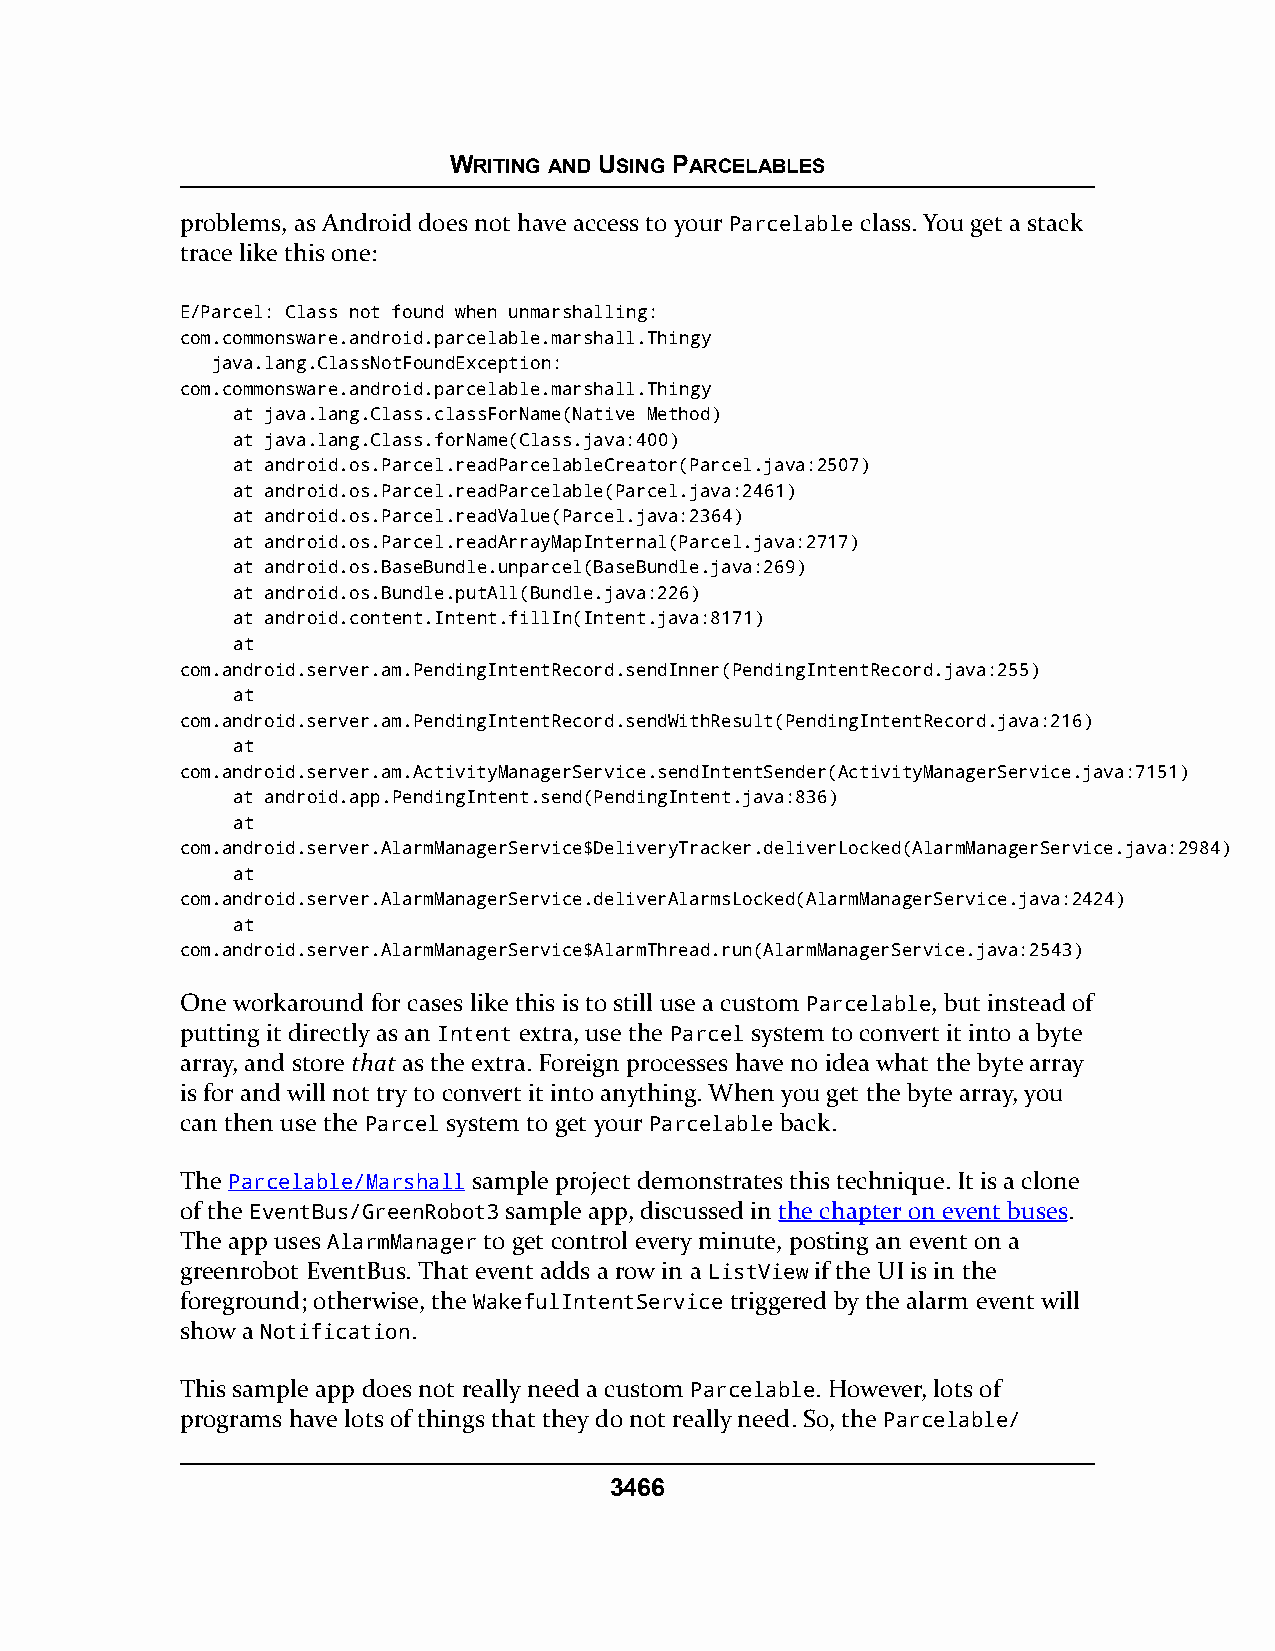
WRITING AND USING PARCELABLES
 problems, as Android does not have access to your Parcelable class. You get a stack
 trace like this one:
 E/Parcel: Class not found when unmarshalling:
 com.commonsware.android.parcelable.marshall.Thingy
 java.lang.ClassNotFoundException:
 com.commonsware.android.parcelable.marshall.Thingy
 at java.lang.Class.classForName(Native Method)
 at java.lang.Class.forName(Class.java:400)
 at android.os.Parcel.readParcelableCreator(Parcel.java:2507)
 at android.os.Parcel.readParcelable(Parcel.java:2461)
 at android.os.Parcel.readValue(Parcel.java:2364)
 at android.os.Parcel.readArrayMapInternal(Parcel.java:2717)
 at android.os.BaseBundle.unparcel(BaseBundle.java:269)
 at android.os.Bundle.putAll(Bundle.java:226)
 at android.content.Intent.fillIn(Intent.java:8171)
 at
 com.android.server.am.PendingIntentRecord.sendInner(PendingIntentRecord.java:255)
 at
 com.android.server.am.PendingIntentRecord.sendWithResult(PendingIntentRecord.java:216)
 at
 com.android.server.am.ActivityManagerService.sendIntentSender(ActivityManagerService.java:7151)
 at android.app.PendingIntent.send(PendingIntent.java:836)
 at
 com.android.server.AlarmManagerService$DeliveryTracker.deliverLocked(AlarmManagerService.java:2984)
 at
 com.android.server.AlarmManagerService.deliverAlarmsLocked(AlarmManagerService.java:2424)
 at
 com.android.server.AlarmManagerService$AlarmThread.run(AlarmManagerService.java:2543)
 One workaround for cases like this is to still use a custom Parcelable, but instead of
 putting it directly as an Intent extra, use the Parcel system to convert it into a byte
 array, and store that as the extra. Foreign processes have no idea what the byte array
 is for and will not try to convert it into anything. When you get the byte array, you
 can then use the Parcel system to get your Parcelable back.
 The Parcelable/Marshall sample project demonstrates this technique. It is a clone
 of the EventBus/GreenRobot3 sample app, discussed in the chapter on event buses.
 The app uses AlarmManager to get control every minute, posting an event on a
 greenrobot EventBus. That event adds a row in a ListView if the UI is in the
 foreground; otherwise, the WakefulIntentService triggered by the alarm event will
 show a Notification.
 This sample app does not really need a custom Parcelable. However, lots of
 programs have lots of things that they do not really need. So, the Parcelable/
 3466